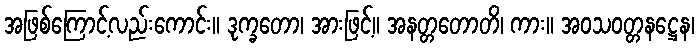
အဖြစ်ကြောင့်လည်းကောင်း။ ဒုက္ခတော၊ အားဖြင့်။ အနတ္တတောတိ၊ ကား။ အဝသဝတ္တနဋ္ဌေန၊